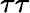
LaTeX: \tau\tau